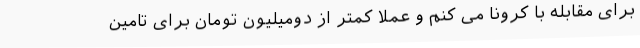
برای مقابله با کرونا می کنم و عملا کمتر از دومیلیون تومان برای تامین